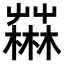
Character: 𣞆